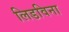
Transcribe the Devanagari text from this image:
लिडविना